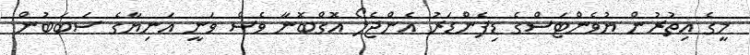
މީގެ އިތުރުން ޔުވެންޓަސްގެ ޑިފެންޑަރު އެންޖެލޯ އޮގްބޮނާ ވެސް ވަނީ އަނިޔާގެ ސަބަބުން